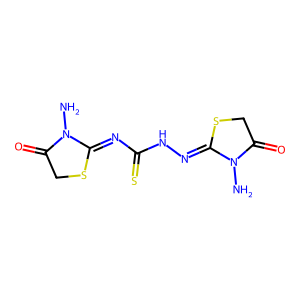
SMILES: NN1C(=O)CSC1=NNC(=S)N=C1SCC(=O)N1N
Inhibits HIV replication: No